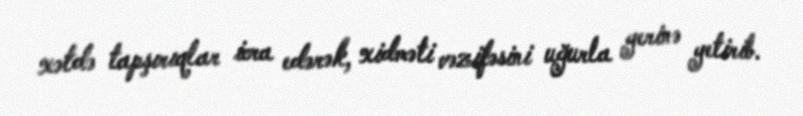
xətdə tapşırıqlar icra edərək, xidməti vəzifəsini uğurla yerinə yetirib.